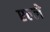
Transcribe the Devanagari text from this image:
एल्ले